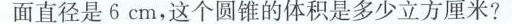
面直径是6cm，这个圆锥的体积是多少立方厘米?